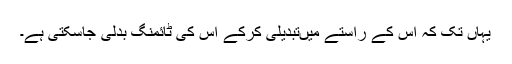
یہاں تک کہ اس کے راستے میںتبدیلی کرکے اس کی ٹائمنگ بدلی جاسکتی ہے۔